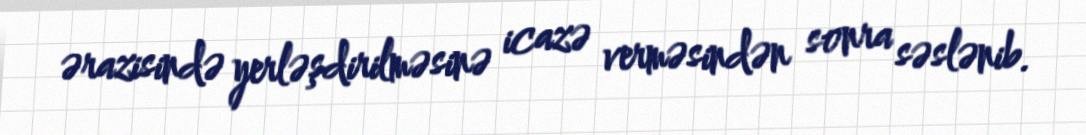
ərazisində yerləşdirilməsinə icazə verməsindən sonra səslənib.